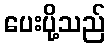
ပေးပို့သည်